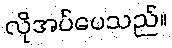
လိုအပ်ပေသည်။